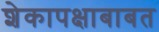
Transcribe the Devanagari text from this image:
शेकापक्षाबाबत